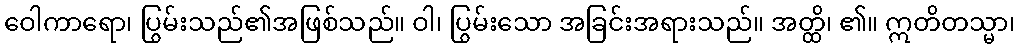
ဝေါကာရော၊ ပြွမ်းသည်၏အဖြစ်သည်။ ဝါ၊ ပြွမ်းသော အခြင်းအရားသည်။ အတ္ထိ၊ ၏။ ဣတိတသ္မာ၊